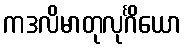
ကဒလိမာတုလုင်္ဂိယော